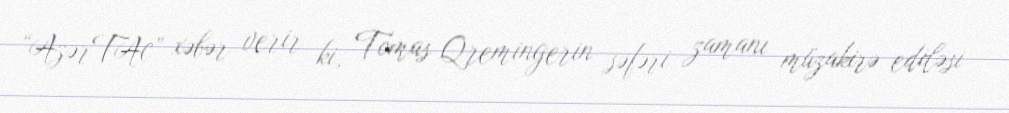
“AzərTAc” xəbər verir ki, Tomas Qremingerin səfəri zamanı müzakirə ediləsi